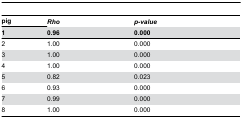
<table><thead><tr><td><b>pig</b></td><td><b><i>Rho</i></b></td><td><b><i>p-value</i></b></td></tr><tr><td><b>1</b></td><td><b>0.96</b></td><td><b>0.000</b></td></tr></thead><tbody><tr><td>2</td><td>1.00</td><td>0.000</td></tr><tr><td>3</td><td>1.00</td><td>0.000</td></tr><tr><td>4</td><td>1.00</td><td>0.000</td></tr><tr><td>5</td><td>0.82</td><td>0.023</td></tr><tr><td>6</td><td>0.93</td><td>0.000</td></tr><tr><td>7</td><td>0.99</td><td>0.000</td></tr><tr><td>8</td><td>1.00</td><td>0.000</td></tr></tbody></table>